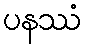
ပနဿံ